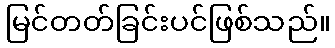
မြင်တတ်ခြင်းပင်ဖြစ်သည်။